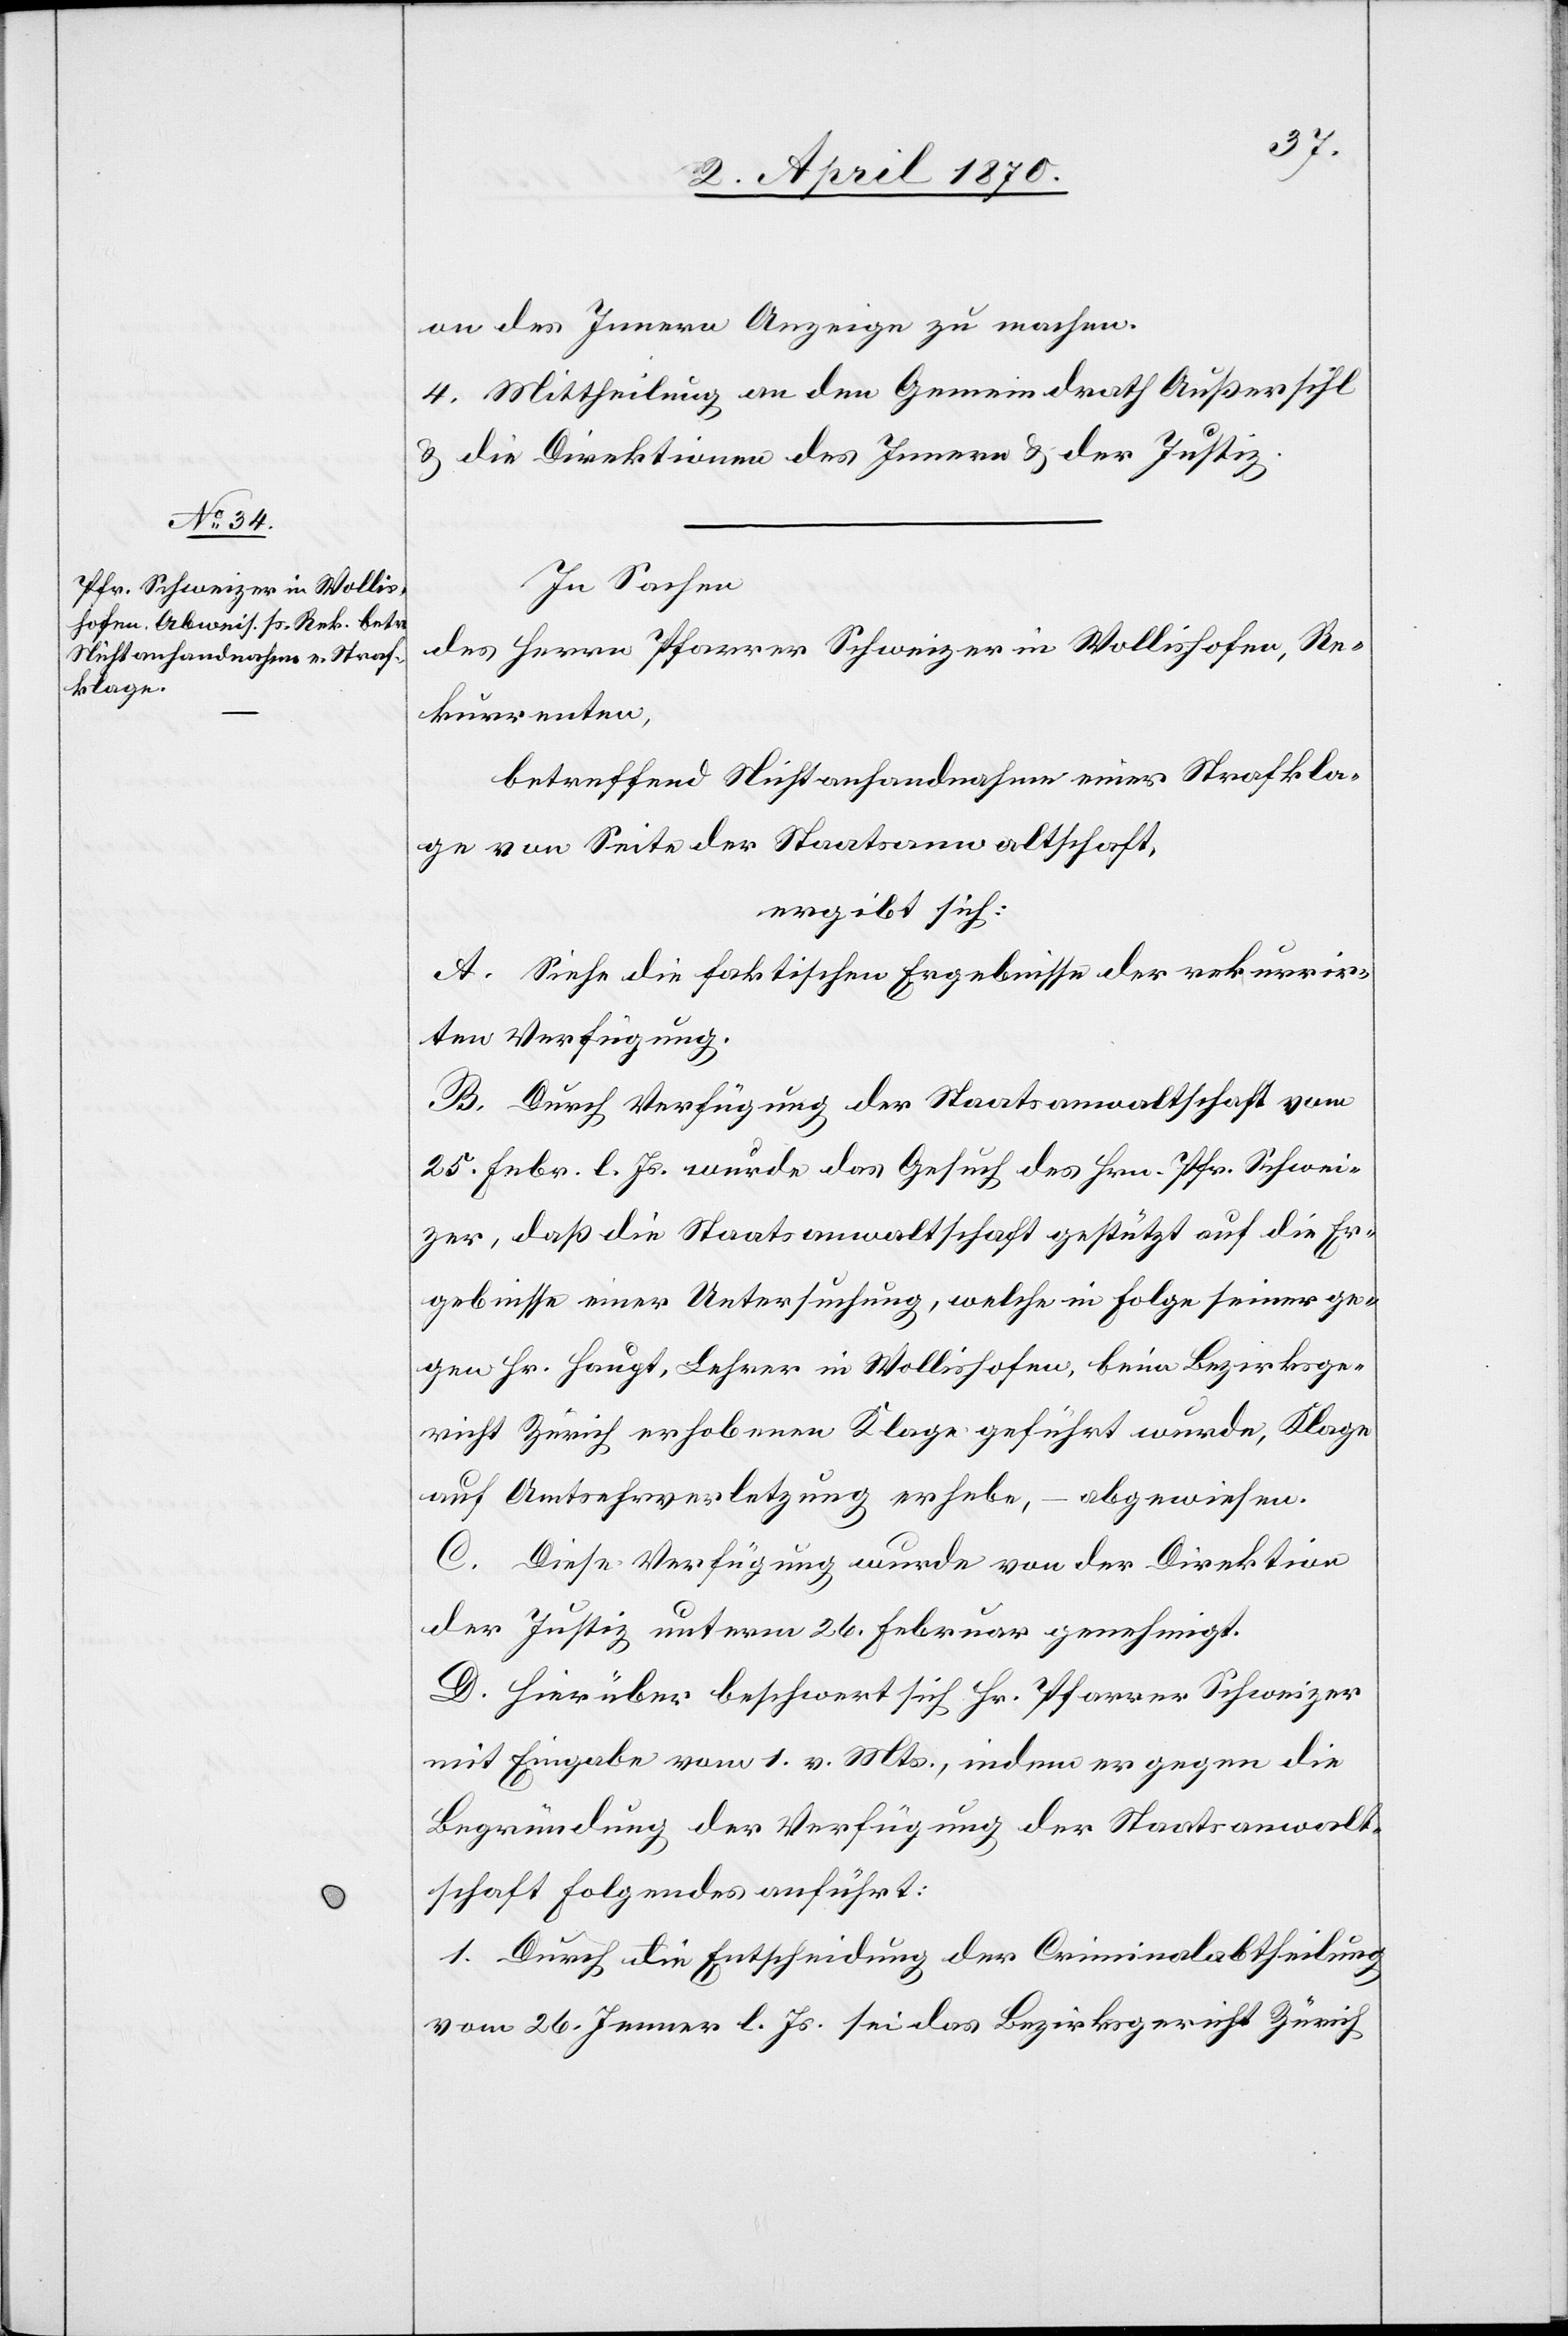
on des Innern Anzeige zu machen.
4. Mittheilung an den Gemeindrath Außersihl
& die Direktionen des Innern & der Justiz.
In Sachen
des Herrn Pfarrer Schweizer in Wollishofen, Re¬
kurrenten,
betreffend Nichtanhandnahme einer Strafkla¬
ge von Seite der Staatsanwaltschaft,
ergibt sich:
A. Siehe die faktischen Ergebnisse der rekurrir¬
ten Verfügung.
B. Durch Verfügung der Staatsanwaltschaft vom
25. Febr. l. Js. wurde das Gesuch des Hrn. Pfr. Schwei¬
zer, daß die Staatsanwaltschaft gestützt auf die Er¬
gebnisse einer Untersuchung, welche in Folge seiner ge¬
gen Hr. Haupt, Leher in Wollishofen, beim Bezirksge¬
richt Zürich erhobenen Klage geführt wurde, Klage
auf Amtsehrverletzung erhebe, – abgewiesen.
C. Diese Verfügung wurde von der Direktion
der Justiz unterm 26. Februar genehmigt.
D. Hierüber beschwert sich Hr. Pfarrer Schweizer
mit Eingabe vom 1. vor. Mts., indem er gegen die
Begründung der Verfügung der Staatsanwalt¬
schaft Folgendes anführt:
1. Durch die Entscheidung der Criminalabtheilung
vom 26. Jenner l. Js. sei das Bezirksgericht Zürich